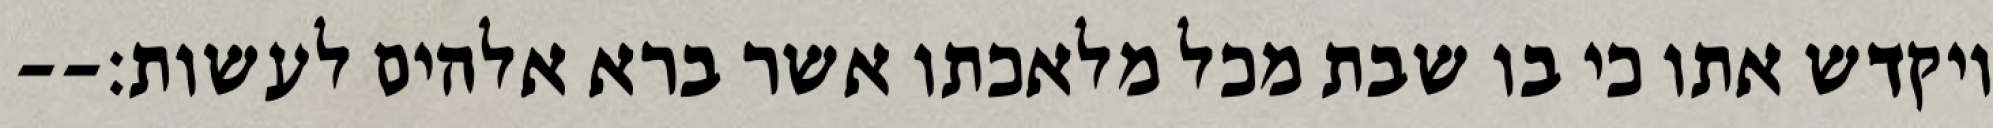
ויקדש אתו כי בו שבת מכל מלאכתו אשר ברא אלהים לעשות׃--